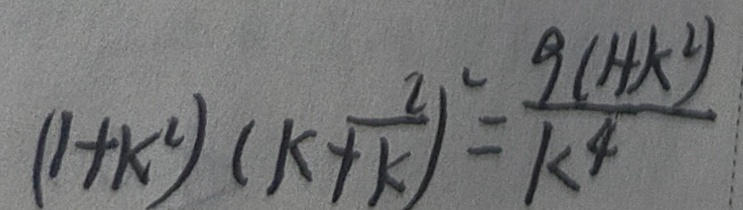
( 1 + k ^ { 2 } ) ( k + \frac { 2 } { k } ) ^ { 2 } = \frac { 9 ( 1 + k ^ { 2 } ) } { k ^ { 4 } }